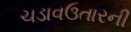
ચડાવઉતારની